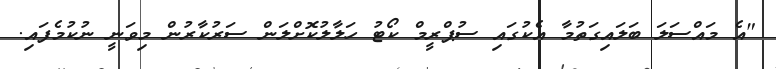
"އެ މައްސަލަ ބަލައިގަތުމާ އެކުގައި ސުޕްރީމް ކޯޓު ހަލާލުކޮށްލަން ސަރުކާރުން މިވަނީ ނުކުމެފައި.